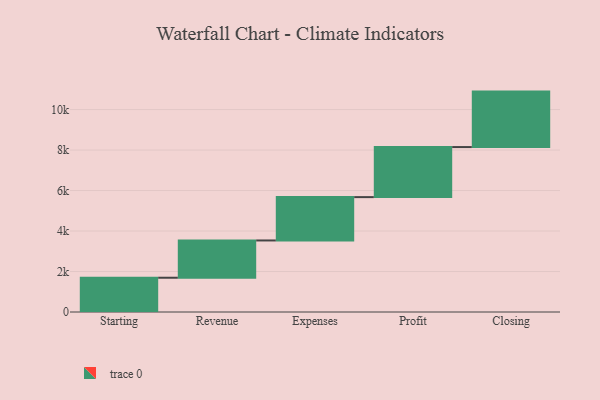
{"axis": {"x": "Step", "y": "Value"}, "legend": [""], "data": [{"x": "Starting", "y": 1693.0, "type": ""}, {"x": "Revenue", "y": 1841.0, "type": ""}, {"x": "Expenses", "y": 2141.0, "type": ""}, {"x": "Profit", "y": 2473.0, "type": ""}, {"x": "Closing", "y": 2740.0, "type": ""}]}